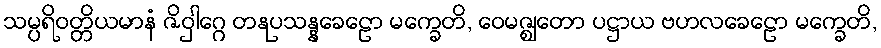
သမ္ပရိဝတ္တိယမာနံ ဇိဝှါဂ္ဂေ တနုပသန္နခေဠော မက္ခေတိ, ဝေမဇ္ဈတော ပဋ္ဌာယ ဗဟလခေဠော မက္ခေတိ,